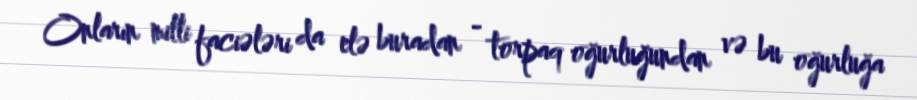
Onların milli faciələri da elə buradan - torpaq oğurluğundan və bu oğurluğa